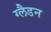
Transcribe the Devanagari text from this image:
ग्लैडन